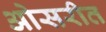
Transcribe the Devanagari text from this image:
ओसरीत